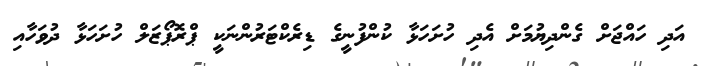
އަދި ހައްޖަށް ގެންދިޔުމަށް އެދި ހުށަހަޅާ ކުންފުނީގެ ޑިރެކްޓަރުންނަކީ ޕްރޮޕޯޒަލް ހުށަހަޅާ ދުވަހާއި